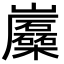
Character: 𡿛